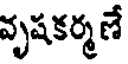
వృషకర్మణే